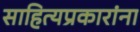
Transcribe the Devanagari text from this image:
साहित्यप्रकारांना